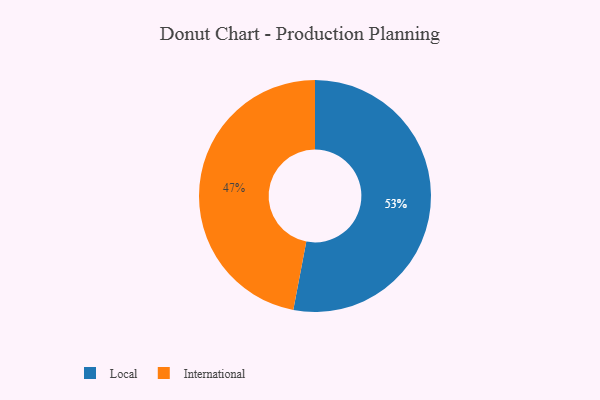
{"axis": {"x": "Category", "y": "Percentage"}, "legend": ["International", "Local"], "data": [{"x": "International", "y": 47, "type": "International"}, {"x": "Local", "y": 53, "type": "Local"}]}